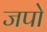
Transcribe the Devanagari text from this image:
जपो